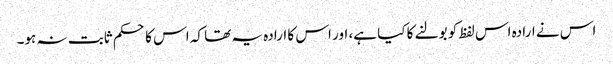
اس نے ارادہ اس لفظ کو بولنے کا کیا ہے، اور اس کا ارادہ یہ تھا کہ اس کا حکم ثابت نہ ہو۔